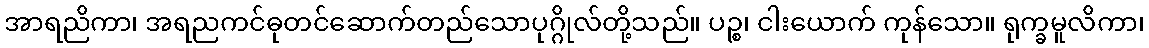
အာရညိကာ၊ အရညကင်ဓုတင်ဆောက်တည်သောပုဂ္ဂိုလ်တို့သည်။ ပဉ္စ၊ ငါးယောက် ကုန်သော။ ရုက္ခမူလိကာ၊